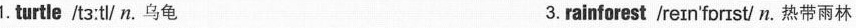
1. turtle /t3:tl/n.乌龟 3.rainforest /reɪn'fɒɪst/ n.热带雨林